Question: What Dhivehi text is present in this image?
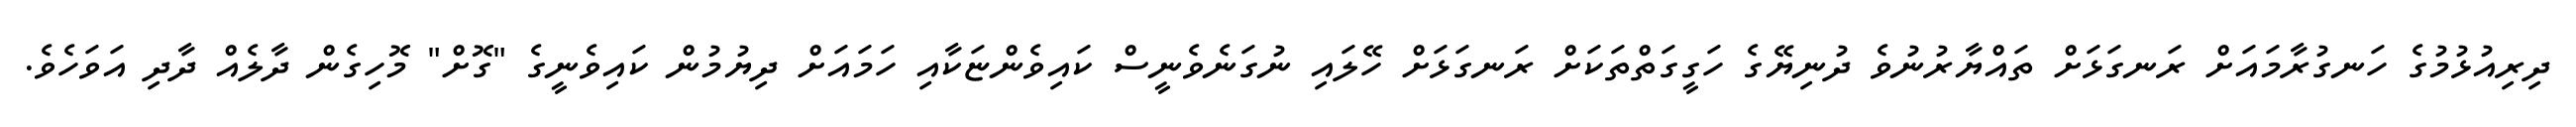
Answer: ދިރިއުޅުމުގެ ހަނގުރާމައަށް ރަނގަޅަށް ތައްޔާރުނުވެ ދުނިޔޭގެ ހަގީގަތްތަކަށް ރަނގަޅަށް ހޭލައި ނުގަނެވެނީސް ކައިވެންޏަކާއި ހަމައަށް ދިޔުމުން ކައިވެނީގެ "ގޮށް" މޮހިގެން ދާލެއް ދާދި އަވަހެވެ.